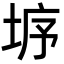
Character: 垿